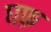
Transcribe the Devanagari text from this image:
घफ़